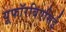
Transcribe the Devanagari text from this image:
यूफॉरबिएसिई